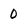
Character: 0